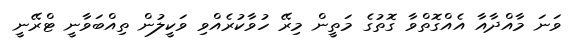
ވަނަ މާއްދާއާ އެއްގޮތްވާ ގޮތުގެ މަތީން މިރޭ ހުވާކުރެއްވި ވަކީލުން ތިއްބަވާނީ ޓްރޭނީ